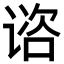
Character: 谘